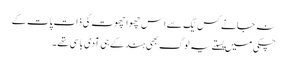
نہ جانے کس یُگ سے اِس چھوا چھوت کی ذات پات کے
چکی میں پِستے یہ لوگ بھی ہند کے ہی آدی باسی تھے ۔